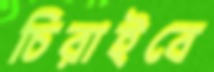
চিরাইবে